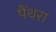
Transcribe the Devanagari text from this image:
पैंथरा